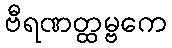
ဗီရဏတ္ထမ္ဗကေ